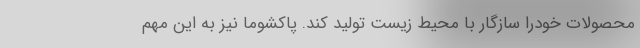
محصولات خودرا سازگار با محیط زیست تولید کند. پاکشوما نیز به این مهم